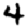
Digit: 4